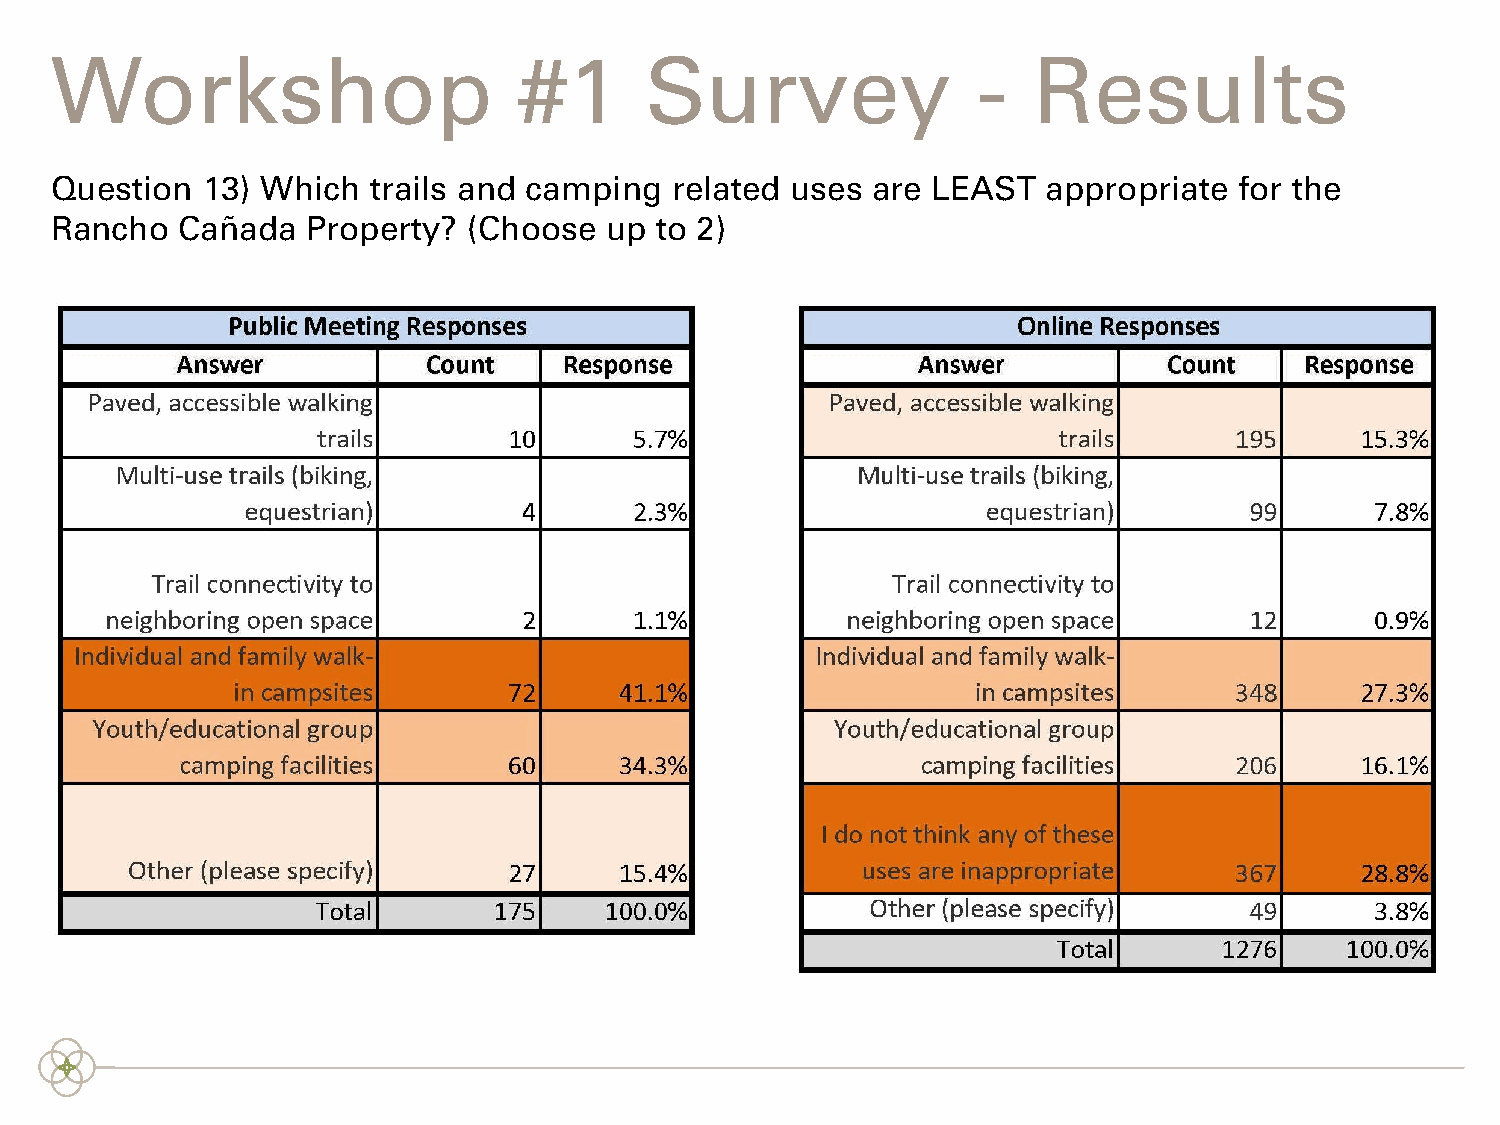
Workshop                       #1       Survey                -  Results
 Question  13) Which  trails and camping  related uses  are LEAST  appropriate  for the
 Rancho   Cañada  Property?  (Choose  up to 2)